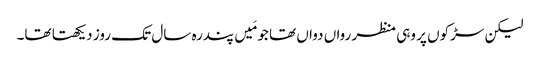
لیکن سڑکوں پر وہی منظر رواں دواں تھا جو مَیں پندرہ سال تک روز دیکھتا تھا۔